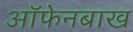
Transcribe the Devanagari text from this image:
ऑफेनबाख